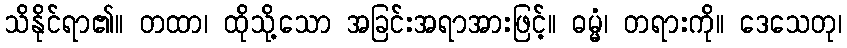
သိနိုင်ရာ၏။ တထာ၊ ထိုသို့သော အခြင်းအရာအားဖြင့်။ ဓမ္မံ၊ တရားကို။ ဒေသေတု၊